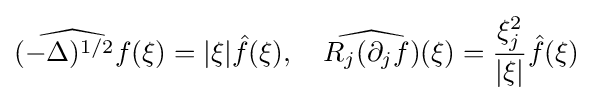
{\widehat {(-\Delta )^{1/2}f}}(\xi )=|\xi |{\hat {f}}(\xi ),\quad {\widehat {R_{j}(\partial _{j}f)}}(\xi )={\frac {\xi _{j}^{2}}{|\xi |}}{\hat {f}}(\xi )